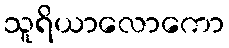
သူရိယာလောကော